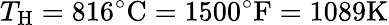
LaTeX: T_{\mathrm{{H}}}=816^{\circ}{\mathrm{C}}=1500^{\circ}{\mathrm{F}}=1089{\mathrm{K}}